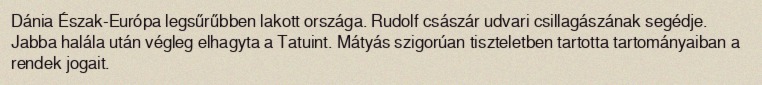
Dánia Észak-Európa legsűrűbben lakott országa. Rudolf császár udvari csillagászának segédje. Jabba halála után végleg elhagyta a Tatuint. Mátyás szigorúan tiszteletben tartotta tartományaiban a rendek jogait.